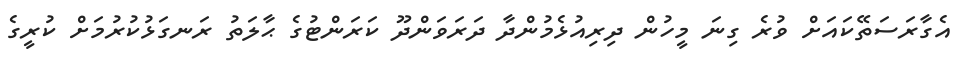
އެގާރަސަތޭކައަށް ވުރެ ގިނަ މީހުން ދިރިއުޅެމުންދާ ދަރަވަންދޫ ކަރަންޓުގެ ޙާލަތު ރަނގަޅުކުރުމަށް ކުރީގެ